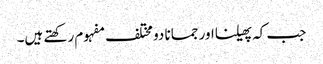
جب کہ پھیلنااور جمانا دو مختلف مفہوم رکھتے ہیں۔